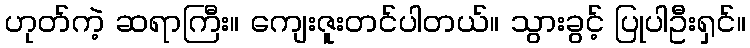
ဟုတ်ကဲ့ ဆရာကြီး။ ကျေးဇူးတင်ပါတယ်။ သွားခွင့် ပြုပါဦးရှင်။